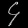
Digit: ၄